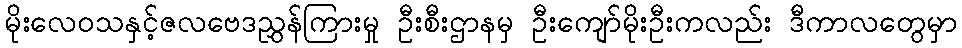
မိုးလေဝသနှင့်ဇလဗေဒညွှန်ကြားမှု ဦးစီးဌာနမှ ဦးကျော်မိုးဦးကလည်း ဒီကာလတွေမှာ